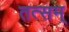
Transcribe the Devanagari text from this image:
तत्सम्